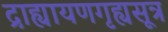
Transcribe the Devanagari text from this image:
द्राह्यायणगृह्यसूत्र